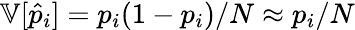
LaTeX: \mathbb{V}[\hat{p}_{i}]=p_{i}(1-p_{i})/N\approx p_{i}/N